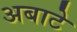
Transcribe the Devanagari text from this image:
अबाटे